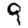
Digit: 9